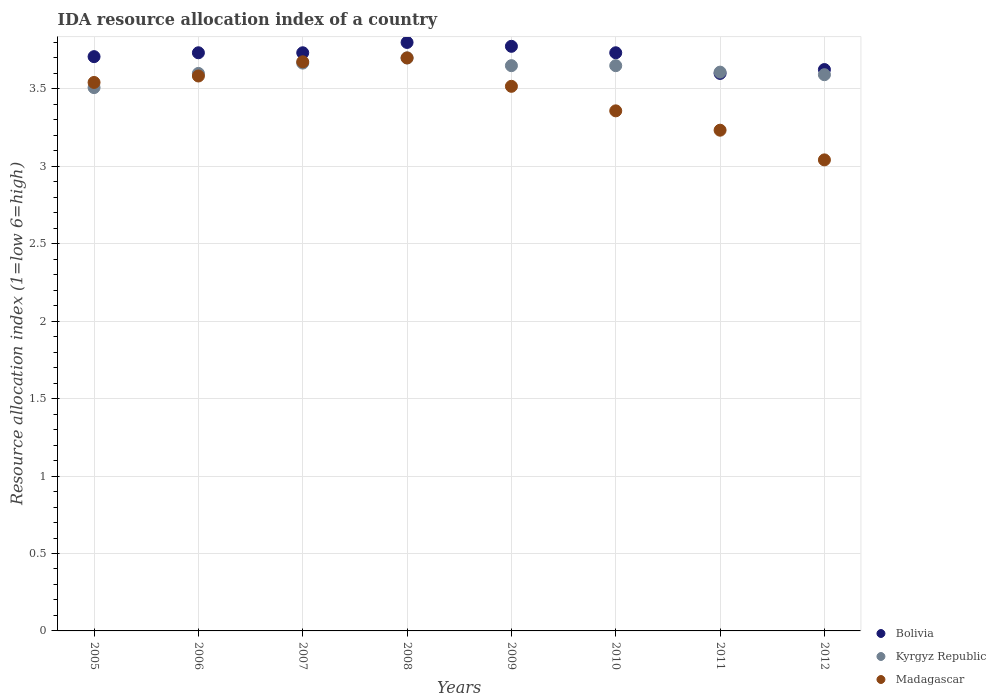
| Years | Bolivia | Kyrgyz Republic | Madagascar |
 | --- | --- | --- | --- |
 | 2005 | 3.71 | 3.51 | 3.54 |
 | 2006 | 3.73 | 3.6 | 3.58 |
 | 2007 | 3.73 | 3.67 | 3.67 |
 | 2008 | 3.8 | 3.7 | 3.7 |
 | 2009 | 3.77 | 3.65 | 3.52 |
 | 2010 | 3.73 | 3.65 | 3.36 |
 | 2011 | 3.6 | 3.61 | 3.23 |
 | 2012 | 3.62 | 3.59 | 3.04 |